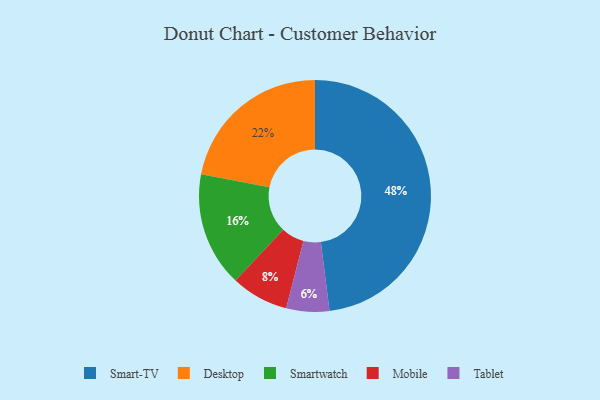
{"axis": {"x": "Category", "y": "Percentage"}, "legend": ["Desktop", "Mobile", "Smart-TV", "Smartwatch", "Tablet"], "data": [{"x": "Desktop", "y": 22, "type": "Desktop"}, {"x": "Tablet", "y": 6, "type": "Tablet"}, {"x": "Mobile", "y": 8, "type": "Mobile"}, {"x": "Smartwatch", "y": 16, "type": "Smartwatch"}, {"x": "Smart-TV", "y": 48, "type": "Smart-TV"}]}